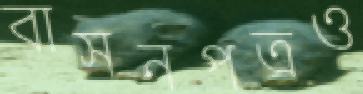
বাসনপত্রও